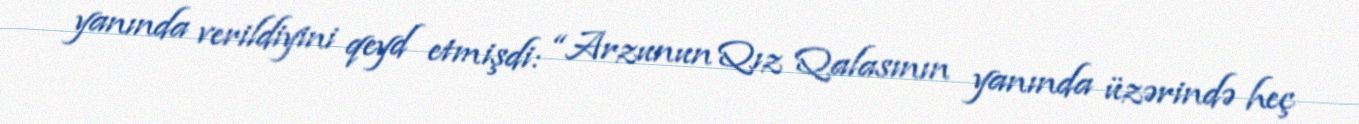
yanında verildiyini qeyd etmişdi: “Arzunun Qız Qalasının yanında üzərində heç